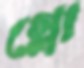
গ্লো